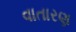
વાતારણ